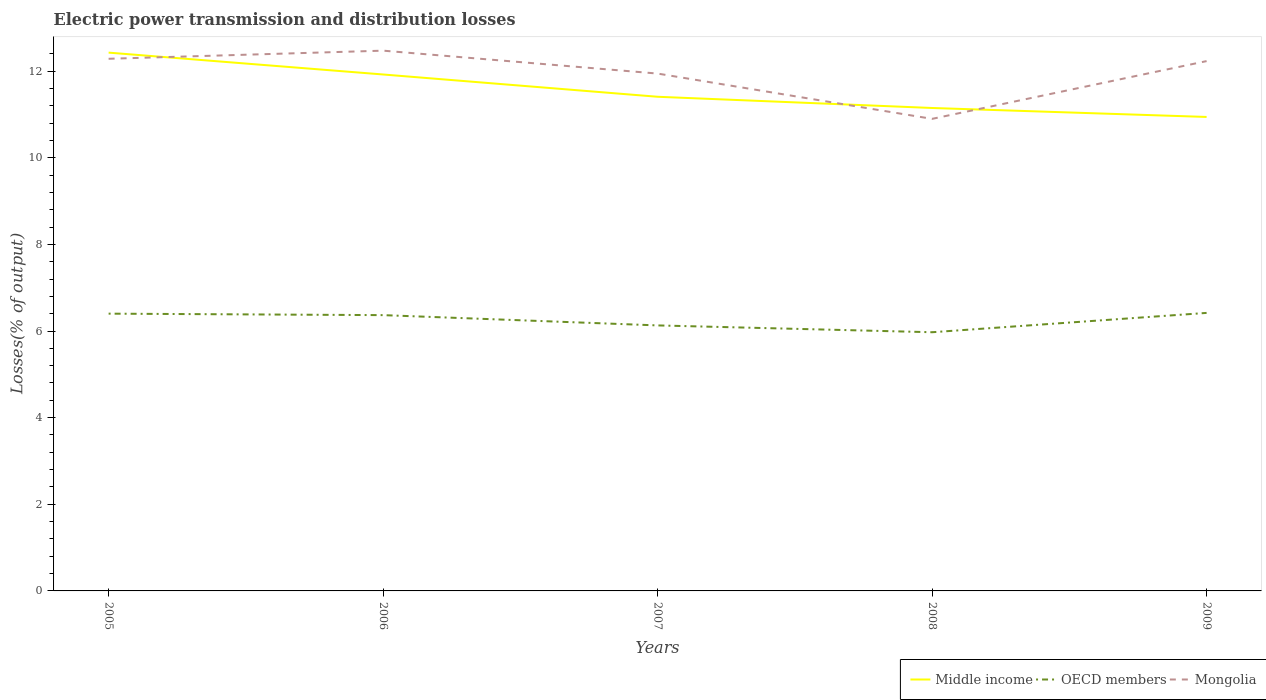
| Years | Middle income | OECD members | Mongolia |
 | --- | --- | --- | --- |
 | 2005 | 12.4 | 6.4 | 12.3 |
 | 2006 | 11.9 | 6.37 | 12.5 |
 | 2007 | 11.4 | 6.13 | 11.9 |
 | 2008 | 11.1 | 5.97 | 10.9 |
 | 2009 | 10.9 | 6.42 | 12.2 |